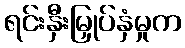
ရင်းနှီးမြှုပ်နှံမှုက